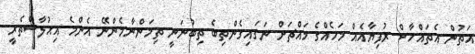
އަތުން އެތައްހާސް ރުފިޔާއެއް މަހެއްގެ މައްޗަށް ނަގައިގެންތިބެ ތިބުނަނީ ތިމަންނާމެންނޭ އެންމެ އިޙުލާސްތެރީ